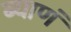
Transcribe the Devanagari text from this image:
ब्याणं